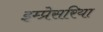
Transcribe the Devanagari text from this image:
इम्प्रेसरिया